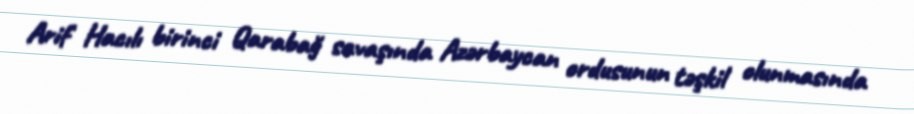
Arif Hacılı birinci Qarabağ savaşında Azərbaycan ordusunun təşkil olunmasında